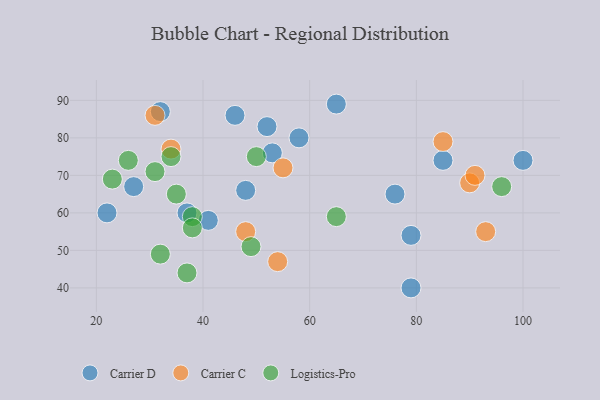
{"axis": {"x": "GDP", "y": "Life Expectancy"}, "legend": ["Carrier C", "Carrier D", "Logistics-Pro"], "data": [{"x": "53", "y": 76, "type": "Carrier D"}, {"x": "52", "y": 83, "type": "Carrier D"}, {"x": "46", "y": 86, "type": "Carrier D"}, {"x": "32", "y": 87, "type": "Carrier D"}, {"x": "48", "y": 66, "type": "Carrier D"}, {"x": "79", "y": 40, "type": "Carrier D"}, {"x": "37", "y": 60, "type": "Carrier D"}, {"x": "58", "y": 80, "type": "Carrier D"}, {"x": "65", "y": 89, "type": "Carrier D"}, {"x": "76", "y": 65, "type": "Carrier D"}, {"x": "79", "y": 54, "type": "Carrier D"}, {"x": "100", "y": 74, "type": "Carrier D"}, {"x": "41", "y": 58, "type": "Carrier D"}, {"x": "85", "y": 74, "type": "Carrier D"}, {"x": "22", "y": 60, "type": "Carrier D"}, {"x": "27", "y": 67, "type": "Carrier D"}, {"x": "55", "y": 72, "type": "Carrier C"}, {"x": "85", "y": 79, "type": "Carrier C"}, {"x": "31", "y": 86, "type": "Carrier C"}, {"x": "90", "y": 68, "type": "Carrier C"}, {"x": "54", "y": 47, "type": "Carrier C"}, {"x": "93", "y": 55, "type": "Carrier C"}, {"x": "48", "y": 55, "type": "Carrier C"}, {"x": "91", "y": 70, "type": "Carrier C"}, {"x": "34", "y": 77, "type": "Carrier C"}, {"x": "32", "y": 49, "type": "Logistics-Pro"}, {"x": "65", "y": 59, "type": "Logistics-Pro"}, {"x": "26", "y": 74, "type": "Logistics-Pro"}, {"x": "96", "y": 67, "type": "Logistics-Pro"}, {"x": "50", "y": 75, "type": "Logistics-Pro"}, {"x": "37", "y": 44, "type": "Logistics-Pro"}, {"x": "49", "y": 51, "type": "Logistics-Pro"}, {"x": "38", "y": 59, "type": "Logistics-Pro"}, {"x": "34", "y": 75, "type": "Logistics-Pro"}, {"x": "38", "y": 56, "type": "Logistics-Pro"}, {"x": "31", "y": 71, "type": "Logistics-Pro"}, {"x": "23", "y": 69, "type": "Logistics-Pro"}, {"x": "35", "y": 65, "type": "Logistics-Pro"}]}